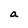
Character: a